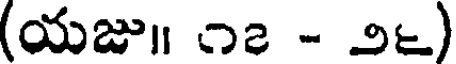
(యజు॥ ౧౭ - ౨౬)